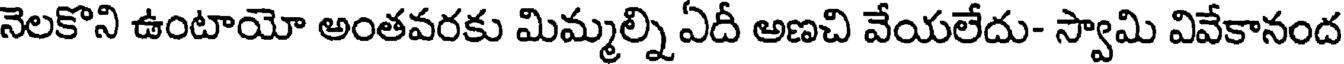
నెలకొని ఉంటాయో అంతవరకు మిమ్మల్ని ఏదీ అణచి వేయలేదు- స్వామి వివేకానంద